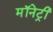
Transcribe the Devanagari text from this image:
मॉनेट्री